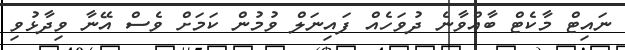
ނައިޓް މާކެޓް ބާއްވާނެ ދުވަހެއް ފައިނަލް ވުމުން ކަމަށް ވެސް އޭނާ ވިދާޅުވި